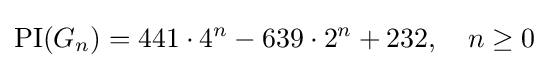
\operatorname {PI} (G_{n})=441\cdot 4^{n}-639\cdot 2^{n}+232,\quad n\geq 0